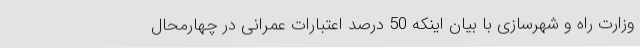
وزارت راه و شهرسازی با بیان اینکه 50 درصد اعتبارات عمرانی در چهارمحال